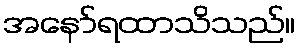
အနော်ရထာသိသည်။